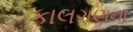
કાલગણના